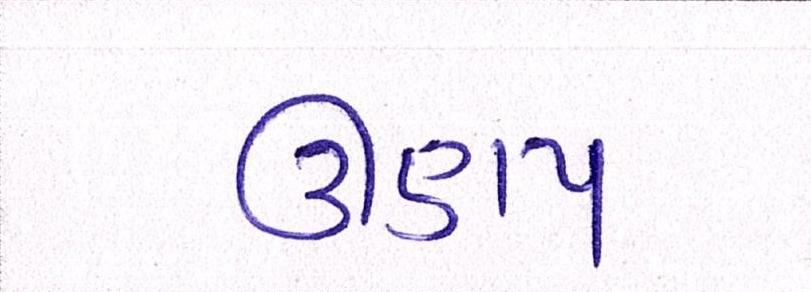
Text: ઊણપ